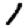
Digit: 1